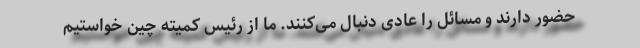
حضور دارند و مسائل را عادی دنبال می‌کنند. ما از رئیس کمیته چین خواستیم